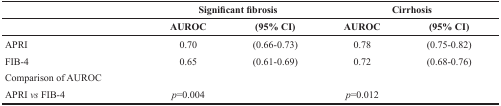
<table><thead><tr><td></td><td colspan="2"><b>Significant fibrosis</b></td><td colspan="2"><b>Cirrhosis</b></td></tr><tr><td></td><td><b>AUROC</b></td><td><b>(95% CI)</b></td><td><b>AUROC</b></td><td><b>(95% CI)</b></td></tr></thead><tbody><tr><td>APRI</td><td>0.70</td><td>(0.66-0.73)</td><td>0.78</td><td>(0.75-0.82)</td></tr><tr><td>FIB-4</td><td>0.65</td><td>(0.61-0.69)</td><td>0.72</td><td>(0.68-0.76)</td></tr><tr><td>Comparison of AUROC</td><td></td><td></td><td></td><td></td></tr><tr><td>APRI <i>vs</i> FIB-4</td><td><i>p</i>=0.004</td><td></td><td><i>p</i>=0.012</td><td></td></tr></tbody></table>